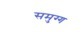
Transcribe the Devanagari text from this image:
समुग्ग